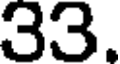
33.